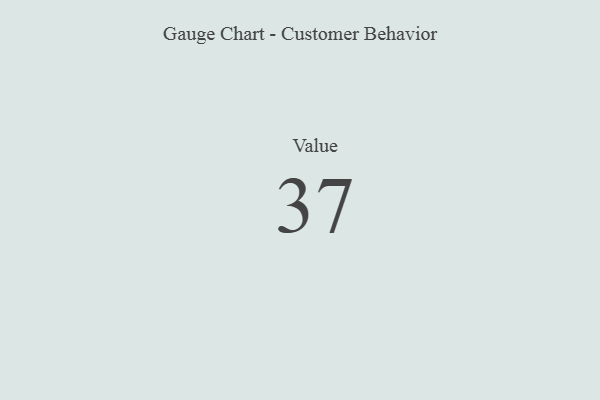
{"axis": {"x": "Metric", "y": "Value"}, "legend": [""], "data": [{"x": "Value", "y": 37, "type": ""}]}